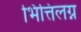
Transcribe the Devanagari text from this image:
भित्तिलग्न